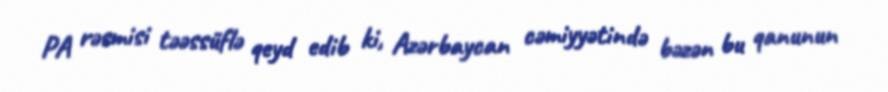
PA rəsmisi təəssüflə qeyd edib ki, Azərbaycan cəmiyyətində bəzən bu qanunun